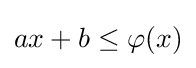
ax+b\leq \varphi (x)